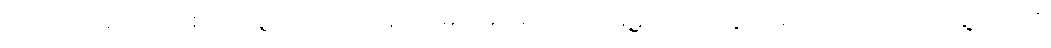
ပိတောက်ရိပ်ဝယ် စတဲ့ သူ့တေး တော်တော်များများမှာ အာမေဋိတ်သံတွေ အများအပြား ထည့်သွင်းခဲ့လို့